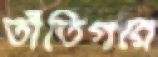
তাঁতিগরে